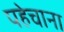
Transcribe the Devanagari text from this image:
पहेचाना